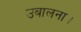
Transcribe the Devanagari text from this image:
उबालना।